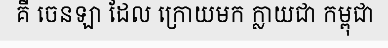
គឺ ចេនឡា ដែល ក្រោយមក ក្លាយជា កម្ពុជា